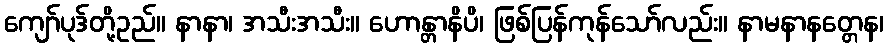
ကျော်ပုဒ်တို့ဥည်။ နာနာ၊ အသီးအသီး။ ဟောန္တာနိပိ၊ ဖြစ်ပြန်ကုန်သော်လည်း။ နာမနာနတ္တေန၊